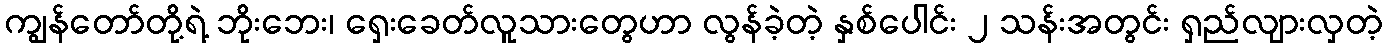
ကျွန်တော်တို့ရဲ့ ဘိုးဘေး၊ ရှေးခေတ်လူသားတွေဟာ လွန်ခဲ့တဲ့ နှစ်ပေါင်း ၂ သန်းအတွင်း ရှည်လျားလှတဲ့